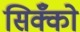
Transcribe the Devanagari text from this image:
सिक्कोँ